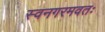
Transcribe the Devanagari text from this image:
स्वनगरमवतः